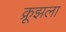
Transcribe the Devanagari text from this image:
क्रूझला